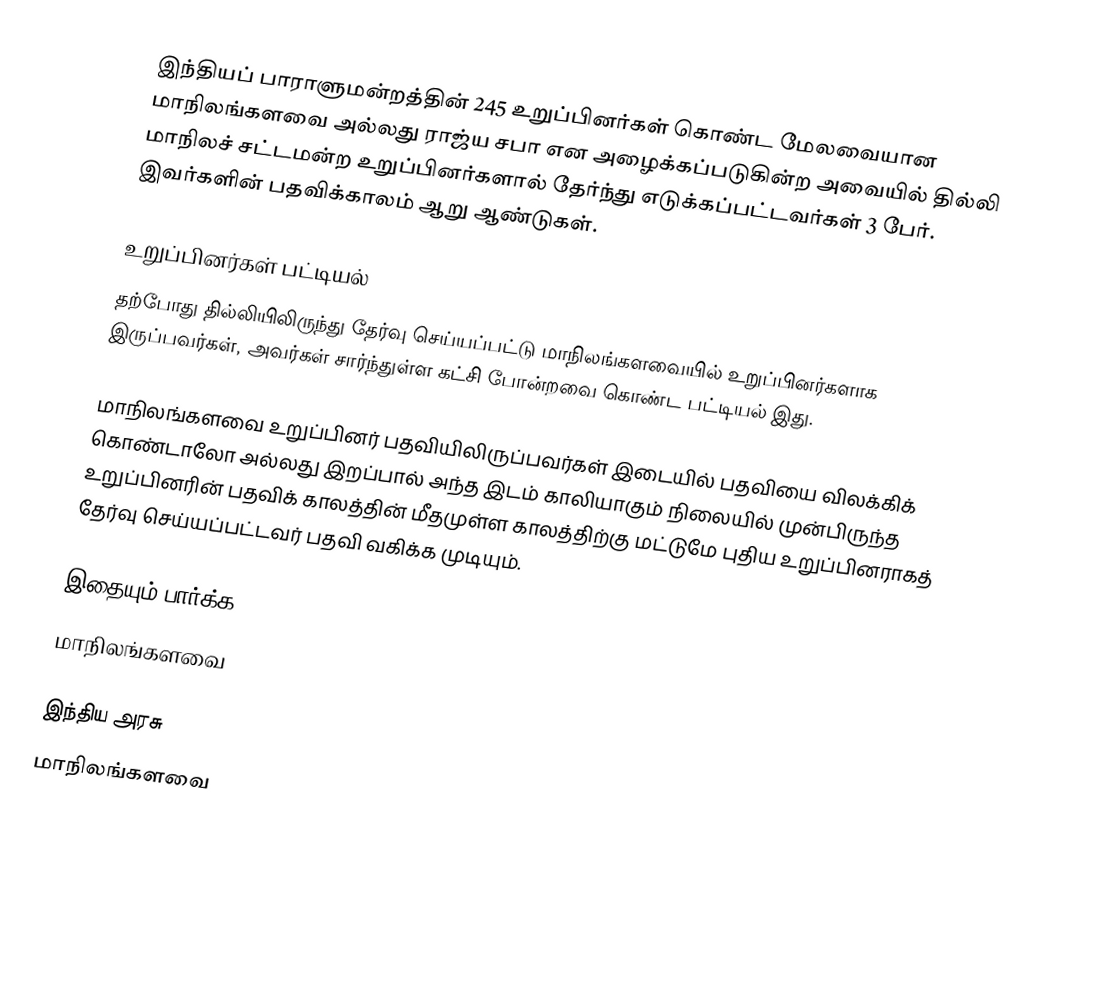
இந்தியப் பாராளுமன்றத்தின் 245 உறுப்பினர்கள் கொண்ட மேலவையான மாநிலங்களவை அல்லது ராஜ்ய சபா  என அழைக்கப்படுகின்ற அவையில் தில்லி மாநிலச் சட்டமன்ற உறுப்பினர்களால் தேர்ந்து எடுக்கப்பட்டவர்கள் 3 பேர். இவர்களின் பதவிக்காலம் ஆறு ஆண்டுகள்.

உறுப்பினர்கள் பட்டியல்
தற்போது தில்லியிலிருந்து தேர்வு செய்யப்பட்டு மாநிலங்களவையில் உறுப்பினர்களாக இருப்பவர்கள், அவர்கள் சார்ந்துள்ள கட்சி போன்றவை கொண்ட பட்டியல் இது.

 மாநிலங்களவை உறுப்பினர் பதவியிலிருப்பவர்கள் இடையில் பதவியை விலக்கிக் கொண்டாலோ அல்லது இறப்பால் அந்த இடம் காலியாகும் நிலையில் முன்பிருந்த உறுப்பினரின் பதவிக் காலத்தின் மீதமுள்ள காலத்திற்கு மட்டுமே புதிய உறுப்பினராகத் தேர்வு செய்யப்பட்டவர் பதவி வகிக்க முடியும்.

இதையும் பார்க்க
மாநிலங்களவை

இந்திய அரசு
மாநிலங்களவை